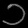
Digit: ၁